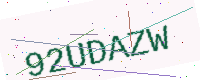
Text: 92UDAZW